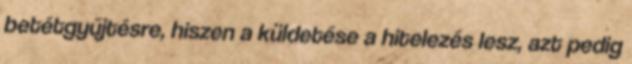
betétgyűjtésre, hiszen a küldetése a hitelezés lesz, azt pedig